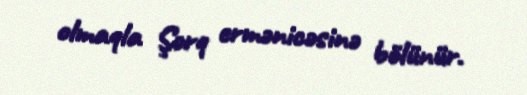
olmaqla Şərq ermənicəsinə bölünür.